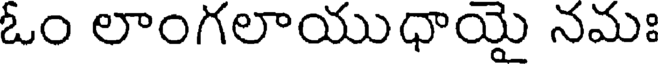
ఓం లాంగలాయుధాయై నమః